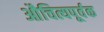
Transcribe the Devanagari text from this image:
औचित्यपूर्वक